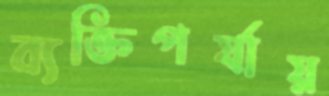
ব্যক্তিপর্যায়